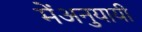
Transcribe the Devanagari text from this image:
मेंअनुयायी